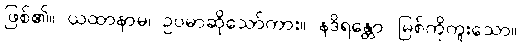
ဖြစ်၏။ ယထာနာမ၊ ဥပမာဆိုသော်ကား။ နဒိရန္တော၊ မြစ်ကိုကူးသော။